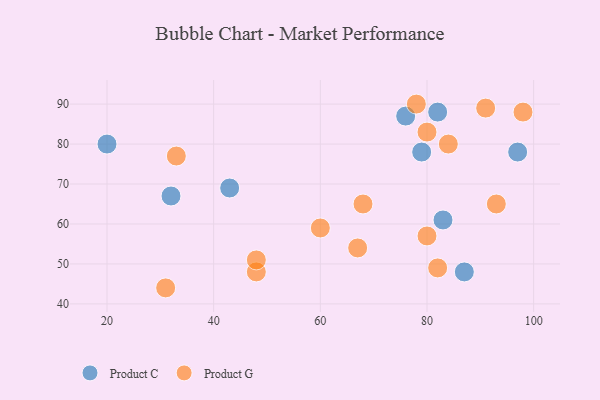
{"axis": {"x": "GDP", "y": "Life Expectancy"}, "legend": ["Product C", "Product G"], "data": [{"x": "97", "y": 78, "type": "Product C"}, {"x": "83", "y": 61, "type": "Product C"}, {"x": "76", "y": 87, "type": "Product C"}, {"x": "87", "y": 48, "type": "Product C"}, {"x": "79", "y": 78, "type": "Product C"}, {"x": "20", "y": 80, "type": "Product C"}, {"x": "43", "y": 69, "type": "Product C"}, {"x": "32", "y": 67, "type": "Product C"}, {"x": "82", "y": 88, "type": "Product C"}, {"x": "80", "y": 57, "type": "Product G"}, {"x": "78", "y": 90, "type": "Product G"}, {"x": "82", "y": 49, "type": "Product G"}, {"x": "91", "y": 89, "type": "Product G"}, {"x": "48", "y": 48, "type": "Product G"}, {"x": "80", "y": 83, "type": "Product G"}, {"x": "33", "y": 77, "type": "Product G"}, {"x": "93", "y": 65, "type": "Product G"}, {"x": "98", "y": 88, "type": "Product G"}, {"x": "68", "y": 65, "type": "Product G"}, {"x": "48", "y": 51, "type": "Product G"}, {"x": "84", "y": 80, "type": "Product G"}, {"x": "60", "y": 59, "type": "Product G"}, {"x": "31", "y": 44, "type": "Product G"}, {"x": "67", "y": 54, "type": "Product G"}]}